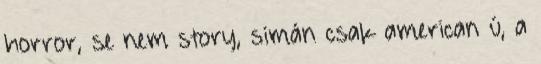
horror, se nem story, simán csak american ú, a